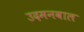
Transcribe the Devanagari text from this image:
उदमनवाल